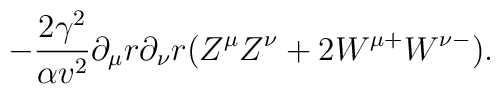
-\frac{2\gamma^2}{\alpha v^2} \partial_\mu r \partial_\nu r (Z^\mu Z^\nu+2 W^{\mu +}W^{\nu -}).